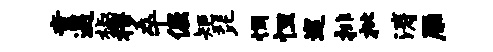
童遇椒穆卒倔矩琵惆怛巡排枇涛雁